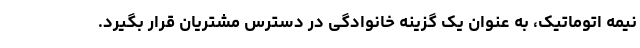
نیمه اتوماتیک، به عنوان یک گزینه خانوادگی در دسترس مشتریان قرار بگیرد.